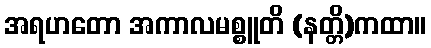
အရဟတော အကာလမစ္စူတိ (နတ္တိ)ကထာ။